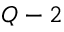
Q - 2